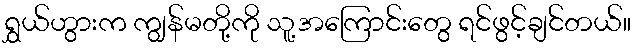
ရွှယ်ဟွားက ကျွန်မတို့ကို သူ့အကြောင်းတွေ ရင်ဖွင့်ချင်တယ်။